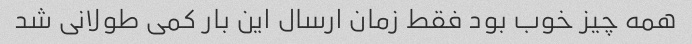
همه چیز خوب بود فقط زمان ارسال این بار کمی طولانی شد